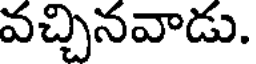
వచ్చినవాడు.